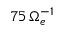
7 5 \, \Omega _ { e } ^ { - 1 }